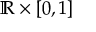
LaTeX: \mathbb { R } \times [ 0 , 1 ]